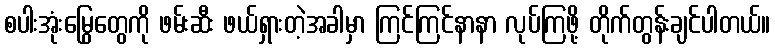
စပါးအုံးမြွေတွေကို ဖမ်းဆီး ဖယ်ရှားတဲ့အခါမှာ ကြင်ကြင်နာနာ လုပ်ကြဖို့ တိုက်တွန်းချင်ပါတယ်။